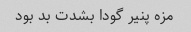
مزه پنیر گودا بشدت بد بود